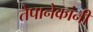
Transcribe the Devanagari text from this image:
तेपानेकांनी